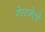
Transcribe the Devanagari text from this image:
वेस्टजेटचे